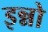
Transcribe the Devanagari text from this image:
इन्नो